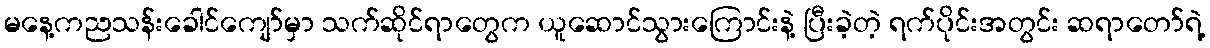
မနေ့ကညသန်းခေါင်ကျော်မှာ သက်ဆိုင်ရာတွေက ယူဆောင်သွားကြောင်းနဲ့ ပြီးခဲ့တဲ့ ရက်ပိုင်းအတွင်း ဆရာတော်ရဲ့